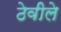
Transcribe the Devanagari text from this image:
ठेवीले